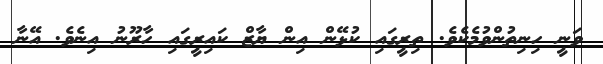
ވަނީ ހިނިތުންވުމެކެވެ. ތިރީގައި ކުޅޭން އިން ޔާޒް ކައިރީގައި ހާރޫނު އިނެވެ. އޭނާ